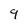
Character: 9